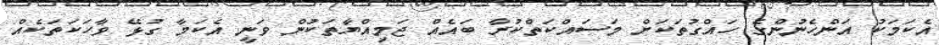
އެކަމަކު އަންހެނުންގެ ހައްގުތަކަށް މަސައްކަތްކުރާ ބައެއް ޖަމިއްޔާތަކުން ވަނީ އެކަމާ ގުޅޭ ވާހަކަތަކެއް